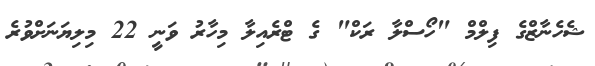
ޝެހެނާޒްގެ ފިލްމް "ހޯސްލާ ރަކް" ގެ ޓްރެއިލާ މިހާރު ވަނީ 22 މިލިޔަނަށްވުރެ